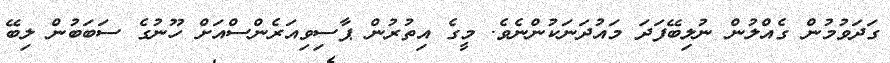
ގަދަވުމުން ގެއްލުން ނުލިބޭފަދަ މައުދަނަކުންނެވެ. މީގެ އިތުރުން ޕާސިވިއަރެންސްއަށް ހޫނުގެ ސަބަބުން ލިބޭ